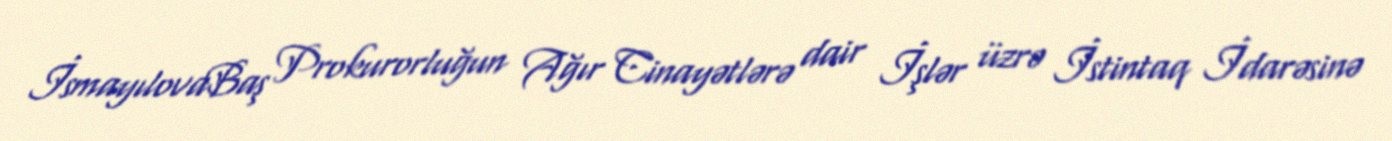
İsmayılovaBaş Prokurorluğun Ağır Cinayətlərə dair İşlər üzrə İstintaq İdarəsinə